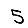
Digit: 5